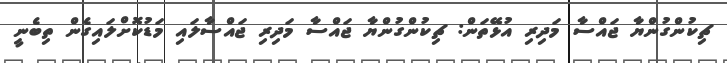
ޗިކުންގުންޔާ ޖައްސާ މަދިރި އުޅޭތަން: ޗިކުންގުންޔާ ޖައްސާ މަދިރި ޖައްސާލައި މަޑުކޮށްލައިގެން ތިބެނީ